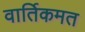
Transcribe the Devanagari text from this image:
वार्तिकमत